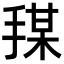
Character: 𪮍